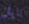
نايثن